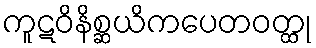
ကူဋဝိနိစ္ဆယိကပေတဝတ္ထု